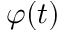
\varphi ( t )